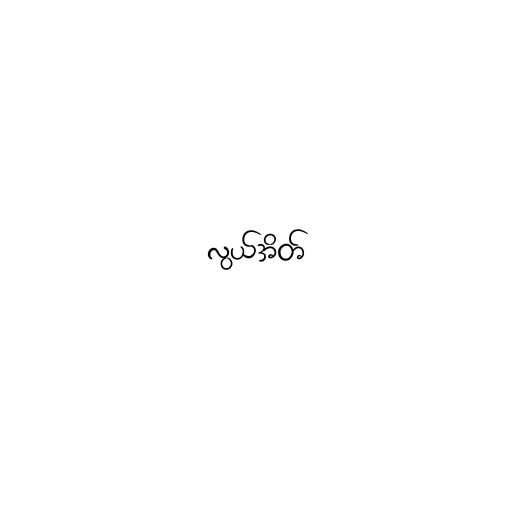
လွယ်အိတ်